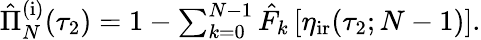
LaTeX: \begin{array}{r}{\hat{\Pi}_{N}^{\mathrm{(i)}}(\tau_{2})=1-\sum_{k=0}^{N-1}\hat{F}_{k}\left[\eta_{\mathrm{ir}}(\tau_{2};N-1)\right].}\end{array}